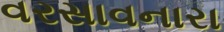
વરસાવનારા